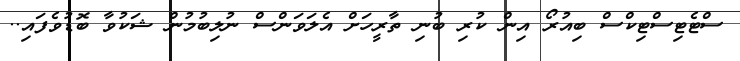
ސްޓެޓިސްޓިކްސް ބިއުރޯ އިން ކުރި ބުނި ތާރީހަށް އެލަވަންސް ނުލިބުމުން ޝަކުވާ ބޮޑުވެފައި..